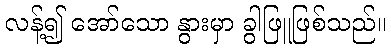
လန့်၍ အော်သော နွားမှာ ခွါဖြူဖြစ်သည်။